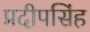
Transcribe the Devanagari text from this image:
प्रदीपसिंह